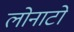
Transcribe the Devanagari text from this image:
लोनाटो